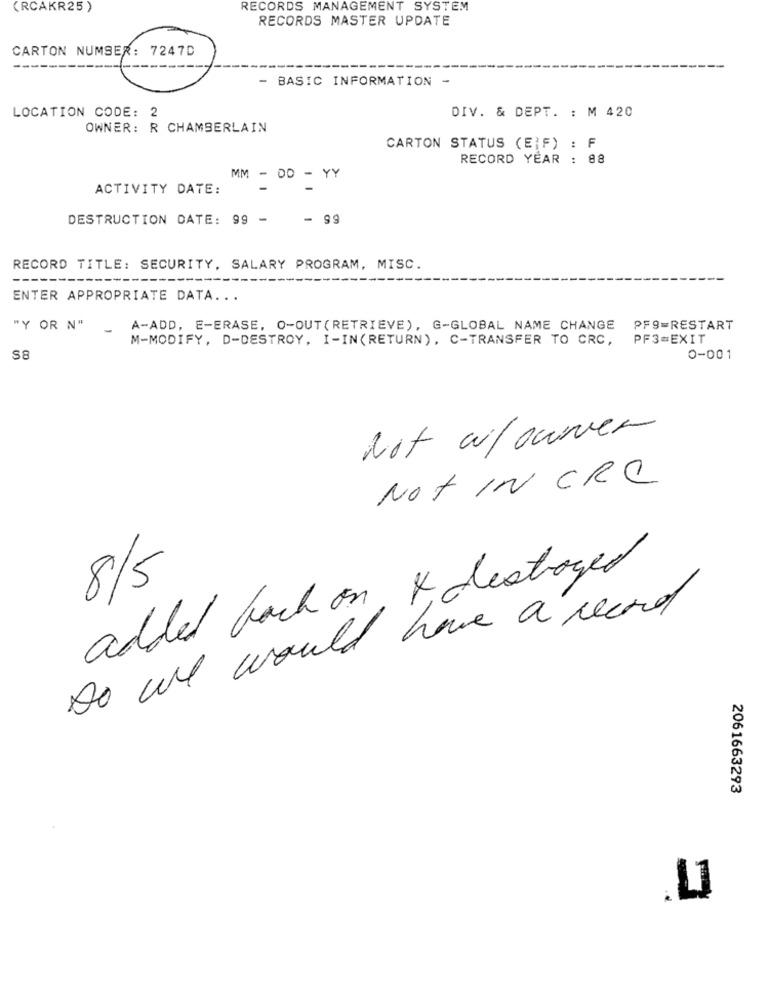
(RCAKR25 )
RECORDS MANAGEMENT SYSTEM
RECORDS MASTER UPDATE
CARTON NUMBER: 7247D
- BASIC INFORMATION -
LOCATION CODE: 2
DIV. & DEPT. : M 420
OWNER: R CHAMBERLAIN
CARTON STATUS (EIF) : F
RECORD YEAR : 88
MM - DD - YY
ACTIVITY DATE:
DESTRUCTION DATE: 99 -
- 99
RECORD TITLE: SECURITY, SALARY PROGRAM, MISC.
ENTER APPROPRIATE DATA ...
"Y OR N" _
A-ADD, E-ERASE, O-OUT(RETRIEVE), G-GLOBAL NAME CHANGE
PF9=RESTART
M-MODIFY, D-DESTROY. I-IN(RETURN) , C-TRANSFER TO CRC,
PF3=EXIT
S8
0-001
Not a/owner
Not IN CRC
added back on, 4 destroyed
8/5
Do we would have a record
2061663293